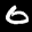
Label: 0